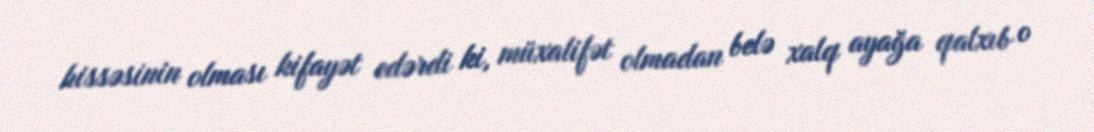
hissəsinin olması kifayət edərdi ki, müxalifət olmadan belə xalq ayağa qalxıb o